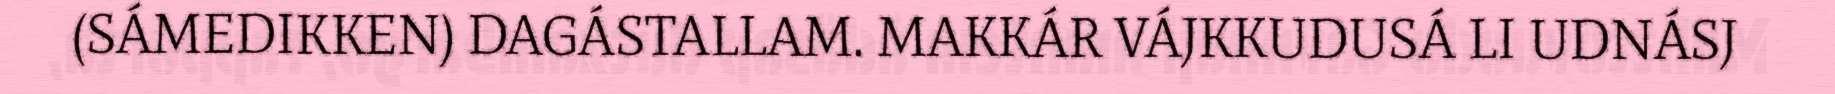
(SÁMEDIKKEN) DAGÁSTALLAM. MAKKÁR VÁJKKUDUSÁ LI UDNÁSJ